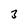
Character: 3